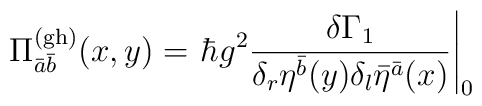
\Pi^{(\rm gh)}_{\bar{a}\bar{b}}(x,y) = \left.\hbar g^2 \frac{\delta \Gamma_1}{\delta_r\eta^{\bar{b}}(y)\delta_l\bar{\eta}^{\bar{a}}(x)}\right|_0